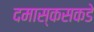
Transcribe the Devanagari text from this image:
दमास्कसकडे